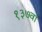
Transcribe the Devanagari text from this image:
१३७वां